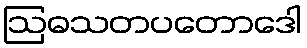
ဩဓသတပတောဒေါ